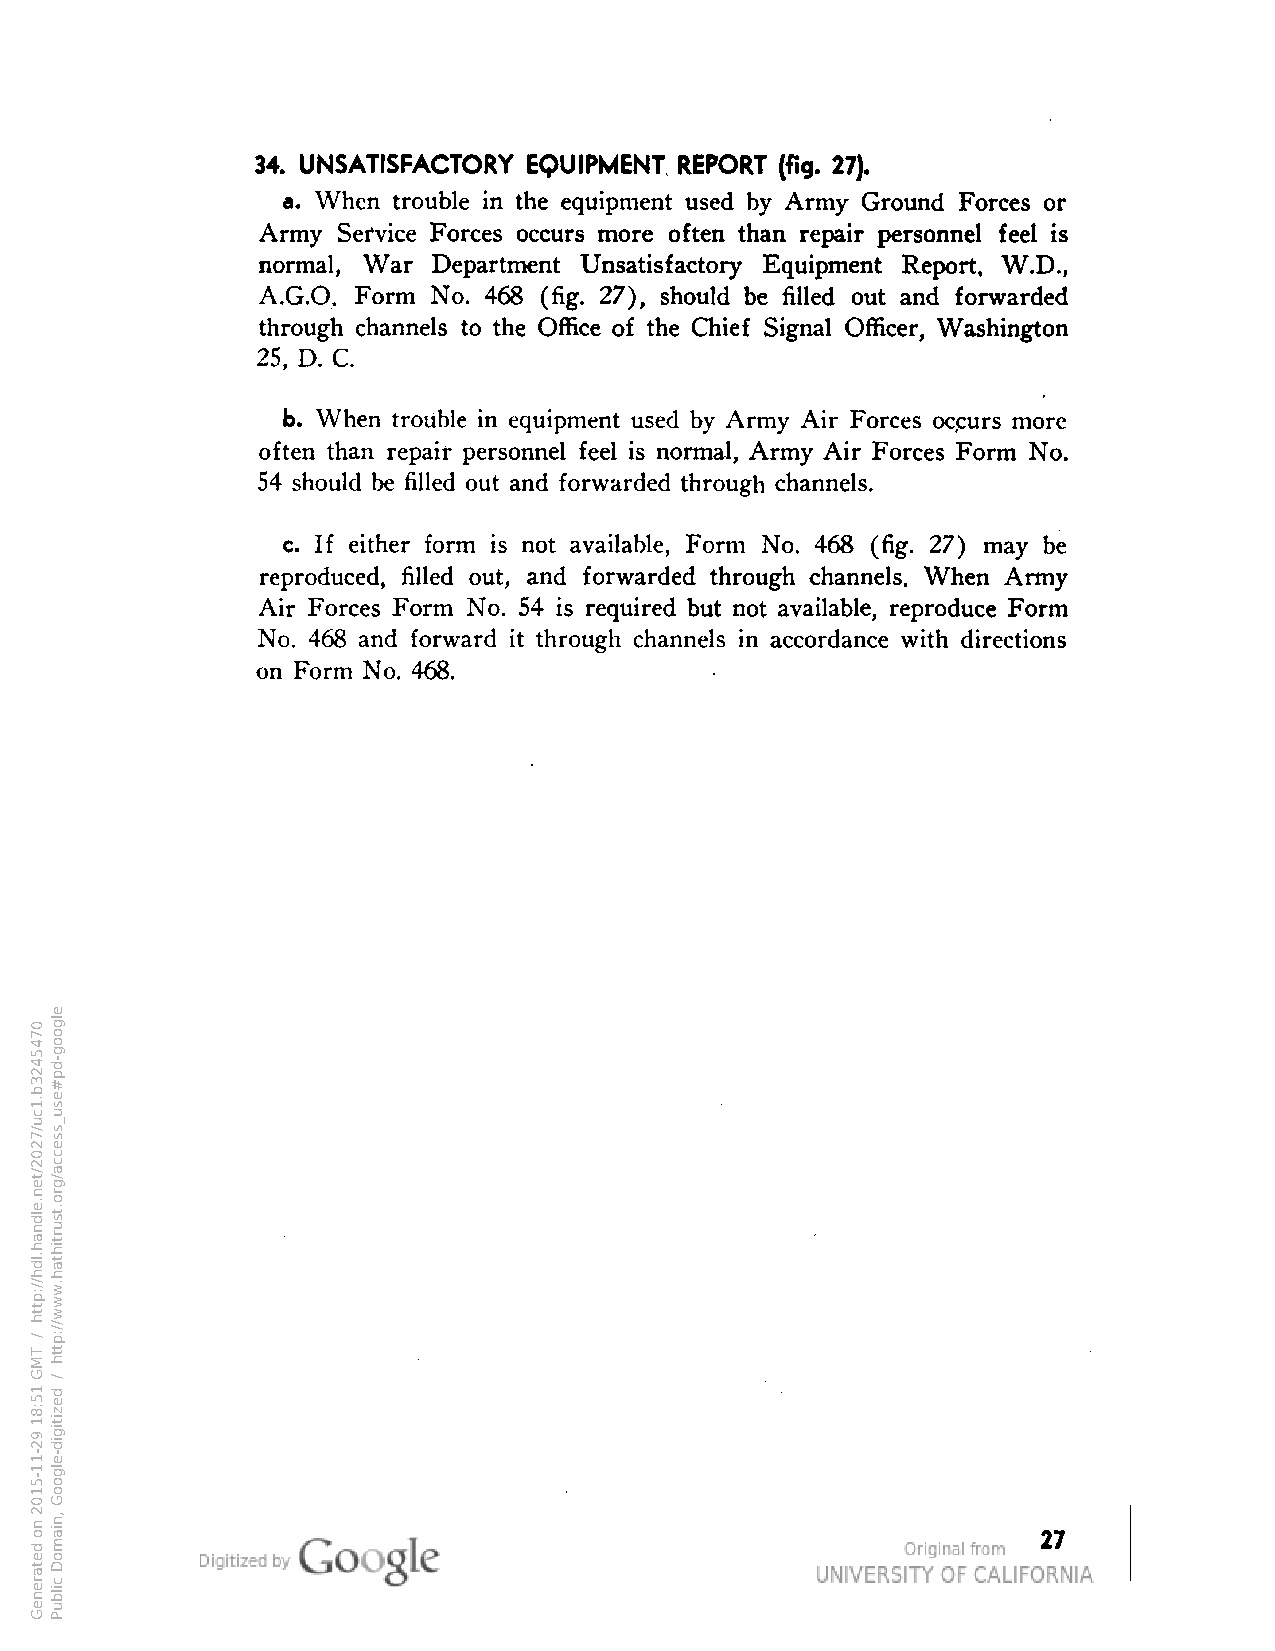
34. UNSATISFACTORY EQUIPMENT REPORT (fig. 27).
 a. When trouble in the equipment used by Army Ground Forces or
 Army Service Forces occurs more often than repair personnel feel is
 normal, War Department Unsatisfactory Equipment Report, W.D.,
 A.G.O. Form No. 468 (fig. 27), should be filled out and forwarded
 through channels to the Office of the Chief Signal Officer, Washington
 25, D. C.
 b. When trouble in equipment used by Army Air Forces occurs more
 often than repair personnel feel is normal, Army Air Forces Form No.
 54 should be filled out and forwarded through channels.
 c. If either form is not available, Form No. 468 (fig. 27) may be
 reproduced, filled out, and forwarded through channels. When Army
 Air Forces Form No. 54 is required but not available, reproduce Form
 No. 468 and forward it through channels in accordance with directions
 on Form No. 468.
 27
 0745423b.1cu/7202/ten.eldnah.ldh//:ptth
 /
 TMG
 15:81
 92-11-5102
 no
 detareneG
 elgoog-dp#esu_ssecca/gro.tsurtihtah.www//:ptth
 /
 dezitigid-elgooG
 ,niamoD
 cilbuP